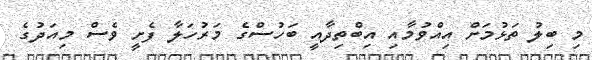
މި ބިލު ތަޅުމަށް އިއްވުމާއި އިބްތިދާއީ ބަހުސްގެ މަރުހަލާ ފެށީ ވެސް މިއަދުގެ